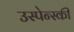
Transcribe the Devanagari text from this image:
उस्पेन्स्की